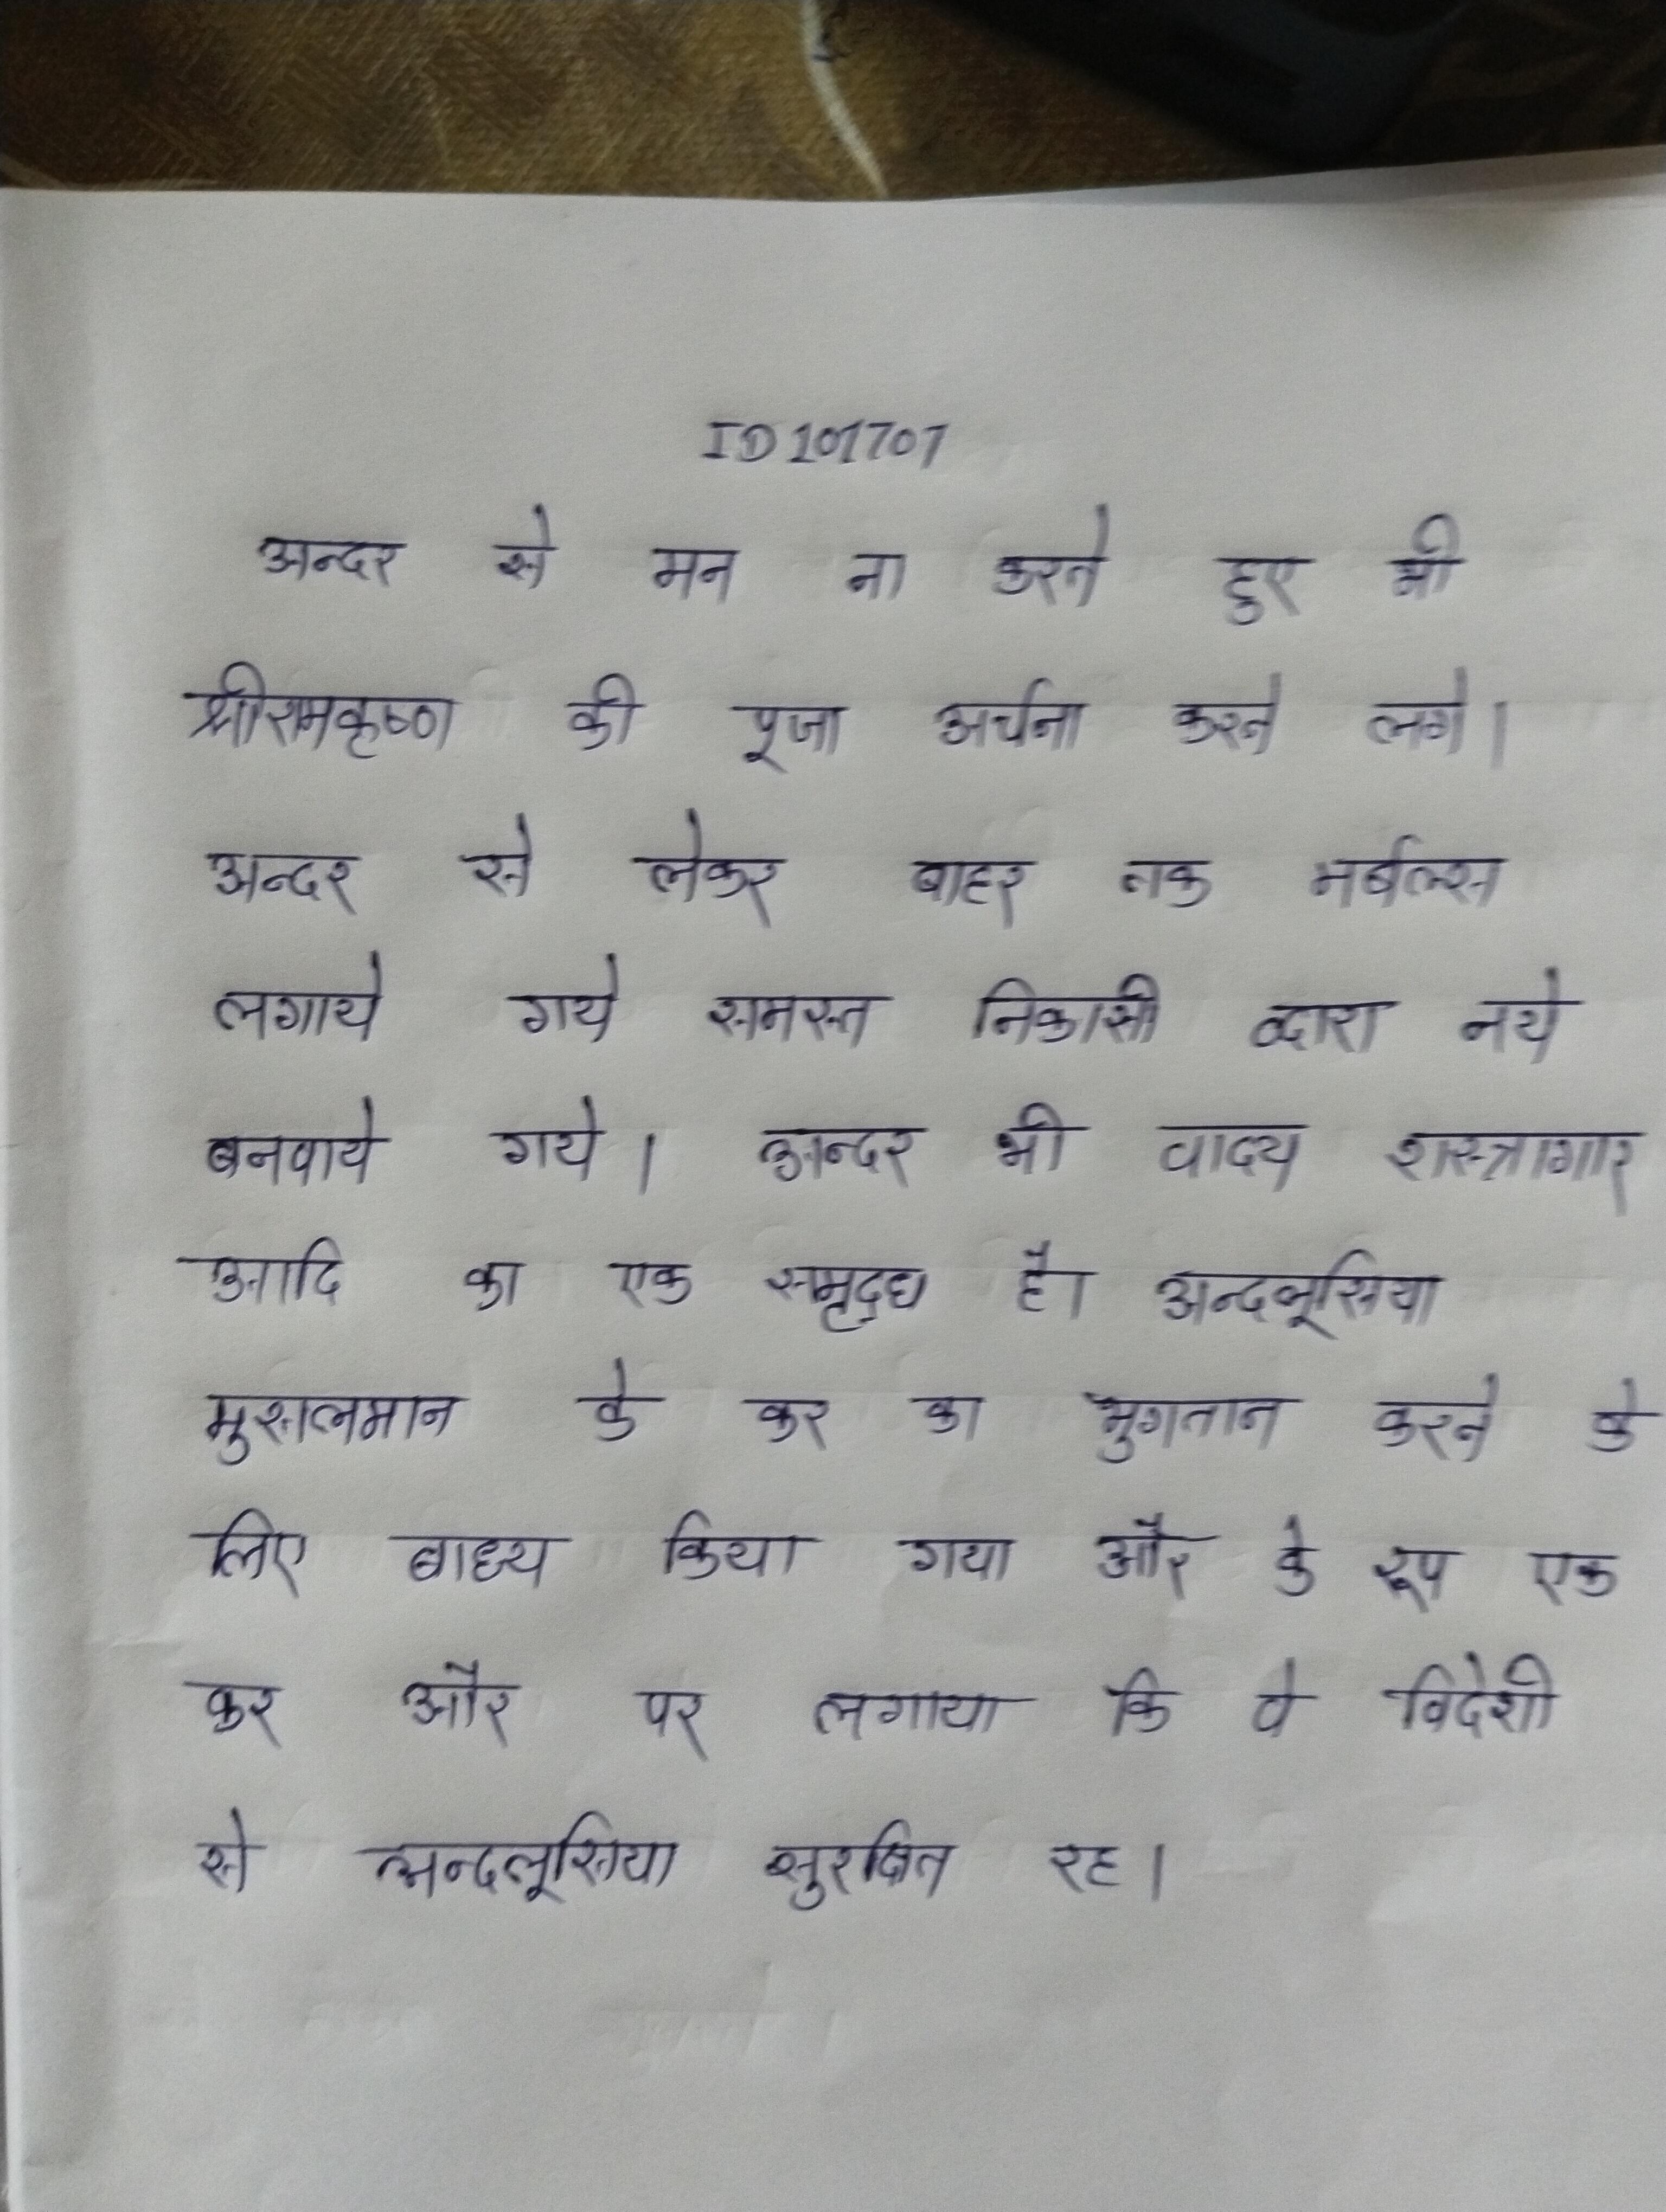
अन्दर से मन ना करते हुए भी श्रीरामकृष्ण की पूजा अर्चना करने लगे । अन्दर से लेकर बाहर तक मर्बल्स लगाये गये समस्त निकासी द्वारा नये बनवाये गये । अन्दर भी वाद्य शस्त्रागार आदि का एक समृद्ध है । अन्दलूसिया मुसलमान के कर का भुगतान करने के लिए बाध्य किया गया और के रूप एक कर और पर लगाया कि वे विदेशी से अन्दलूसिया सुरक्षित रह ।